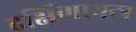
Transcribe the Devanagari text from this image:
दक्षिणायन्त्र